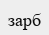
зарб